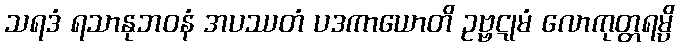
သရဒံ ရသာနုဘဝနံ အပဿတံ ပဒကာယောတိ ဥဗ္ဗဋုမံ လောကုတ္တရမ္ပိ